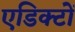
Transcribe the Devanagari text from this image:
एडिक्टों